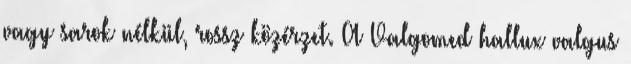
vagy sarok nélkül, rossz közérzet. A Valgomed hallux valgus